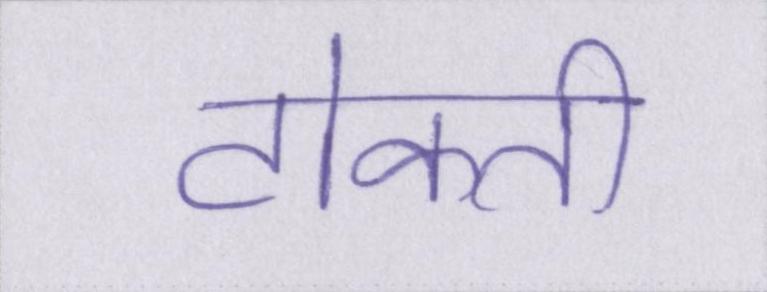
टोकती